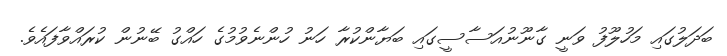
ބަދަލުގައި މަހުލޫފު ވަނީ ގާނޫނުއަސާސީގައި ބަޔާންކުރާ ހަނު ހުންނެވުމުގެ ހައްގު ބޭނުން ކުރައްވާފައެވެ.